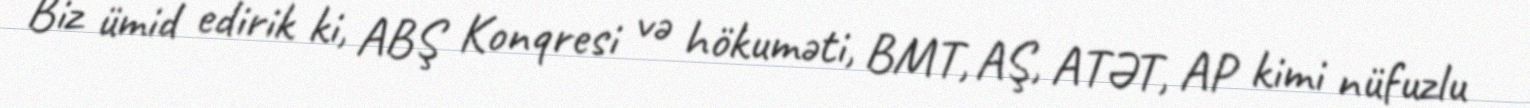
Biz ümid edirik ki, ABŞ Konqresi və hökuməti, BMT, AŞ, ATƏT, AP kimi nüfuzlu